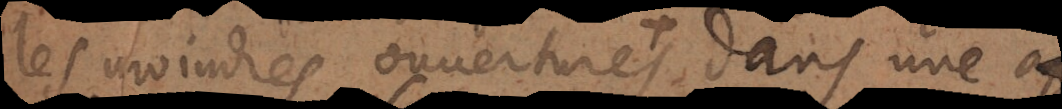
les moindres ouvertures dans une